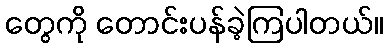
တွေကို တောင်းပန်ခဲ့ကြပါတယ်။